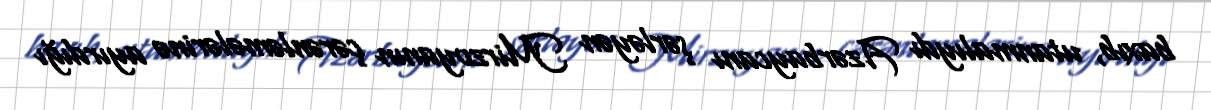
baxıb, utanmalıydı Azərbaycanı şərləyən Mirzoyanın çərənləmələrinə ayırdığı